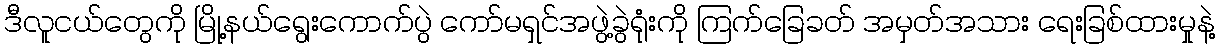
ဒီလူငယ်တွေကို မြို့နယ်ရွေးကောက်ပွဲ ကော်မရှင်အဖွဲ့ခွဲရုံးကို ကြက်ခြေခတ် အမှတ်အသား ရေးခြစ်ထားမှုနဲ့